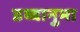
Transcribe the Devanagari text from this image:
डब्बानुमा